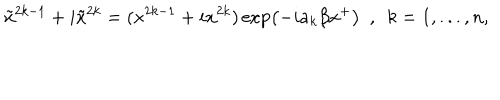
LaTeX: \tilde { x } ^ { 2 k - 1 } + i \tilde { x } ^ { 2 k } = ( x ^ { 2 k - 1 } + i x ^ { 2 k } ) \exp \left( - i a _ { k } \beta x ^ { + } \right) \ \ , \ \ k = 1 , . . . , n ,